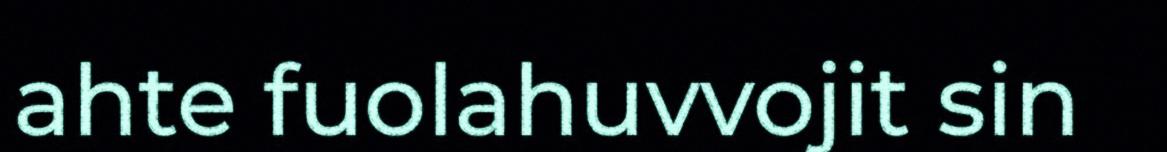
ahte fuolahuvvojit sin